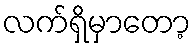
လက်ရှိမှာတော့